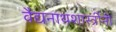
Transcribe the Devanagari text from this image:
वैद्यनाथशास्त्रींनी